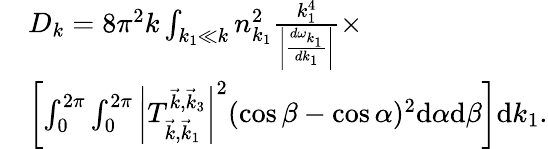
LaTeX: \begin{array}{rl}&{D_{k}=8\pi^{2}k\int_{k_{1}\ll k}n_{k_{1}}^{2}\frac{k_{1}^{4}}{\left|\frac{d\omega_{k_{1}}}{dk_{1}}\right|}\times}\\ &{\left[\int_{0}^{2\pi}\int_{0}^{2\pi}\left|T_{\vec{k},\vec{k}_{1}}^{\vec{k},\vec{k}_{3}}\right|^{2}(\cos\beta-\cos\alpha)^{2}\mathrm d\alpha\mathrm d\beta\right]\mathrm dk_{1}.}\end{array}